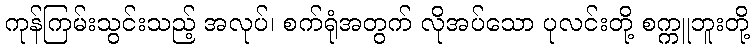
ကုန်ကြမ်းသွင်းသည့် အလုပ်၊ စက်ရုံအတွက် လိုအပ်သော ပုလင်းတို့ စက္ကူဘူးတို့